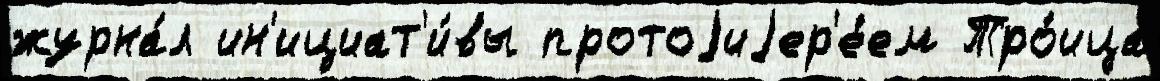
журна́л ин'ициат'и́вы протоjиjер'е́ем Тро́ица